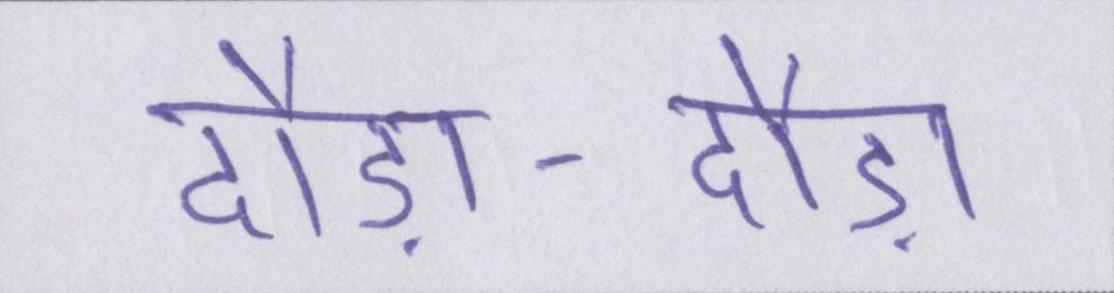
दौड़ा-दौड़ा